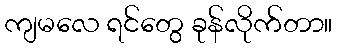
ကျမလေ ရင်တွေ ခုန်လိုက်တာ။